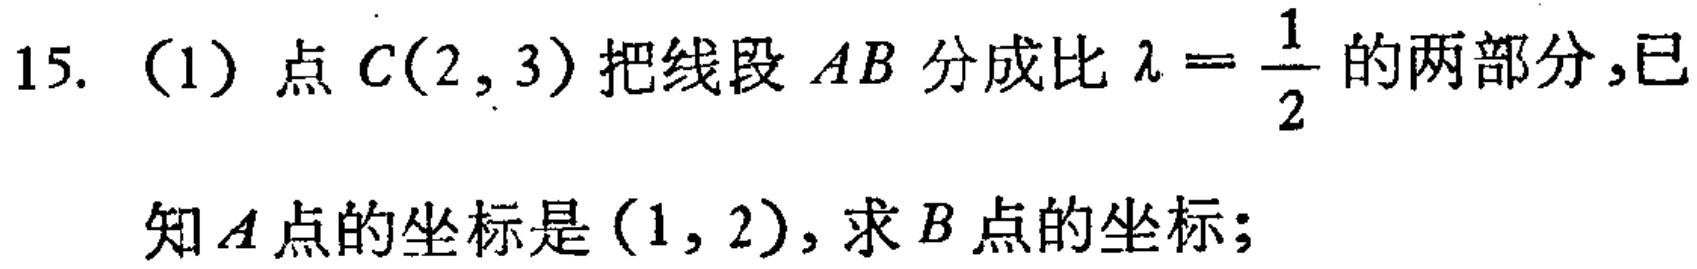
15.（1）点\(C(2,3)\)把线段\(AB\)分成比\(\lambda = \frac{1}{2}\)的两部分，已知\(A\)点的坐标是\((1,2)\)，求\(B\)点的坐标；